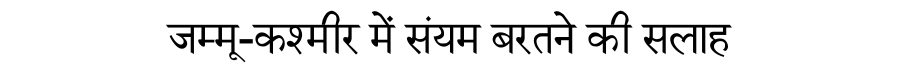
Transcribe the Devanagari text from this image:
जम्मू-कश्मीर में संयम बरतने की सलाह